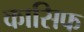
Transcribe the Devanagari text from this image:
कासिफ